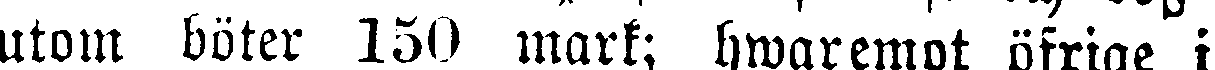
utom böter 150 mark; hwaremot öfrige i